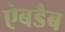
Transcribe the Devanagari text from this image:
ऐबडैब